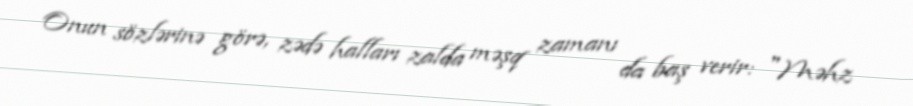
Onun sözlərinə görə, zədə halları zalda məşq zamanı da baş verir: "Məhz